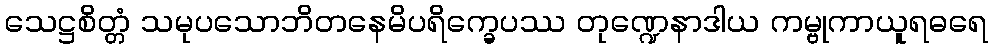
သေဋ္ဌစိတ္တံ သမုပသောဘိတနေမိပရိက္ခေပဿ တုဏ္ဍေနာဒါယ ကမ္ဗုကာယူရဓရေ